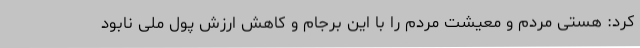
کرد: هستی مردم و معیشت مردم را با این برجام و کاهش ارزش پول ملی نابود